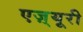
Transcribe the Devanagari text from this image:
एज़्यूरी